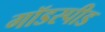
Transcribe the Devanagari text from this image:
गॉडस्पीड